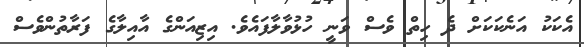
އެކަކު އަނެކަކަށް ދެ ހިތް ވެސް ވަނީ ހުޅުވާލާފައެވެ. އިޒިއަންގެ އާއިލާގެ ފަރާތުންވެސް